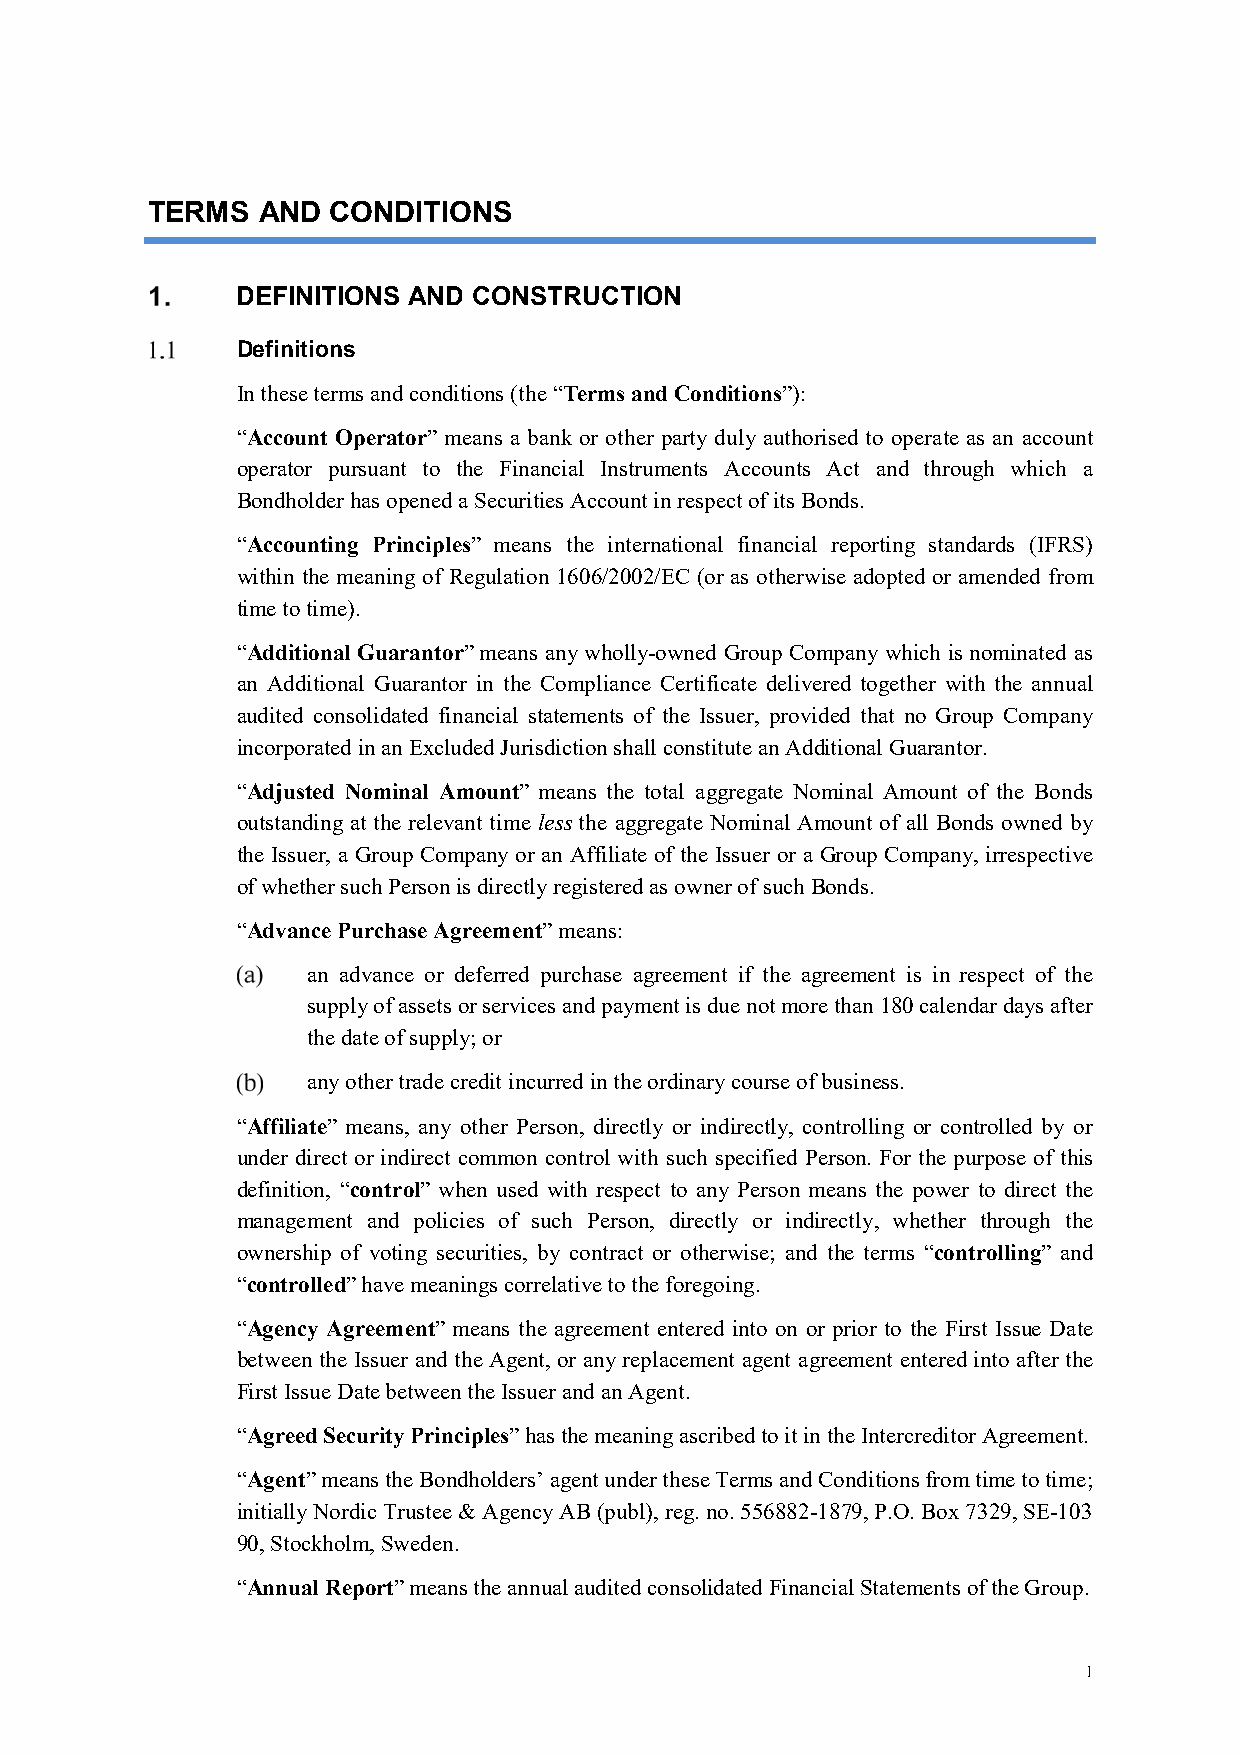
TERMS  AND  CONDITIONS
 DEFINITIONS AND CONSTRUCTION
 Definitions
 In these terms and conditions (the “Terms and Conditions”):
 “Account Operator” means a bank or other party duly authorised to operate as an account
 operator pursuant to the Financial Instruments Accounts Act and through which a
 Bondholder has opened a Securities Account in respect of its Bonds.
 “Accounting Principles” means the international financial reporting standards (IFRS)
 within the meaning of Regulation 1606/2002/EC (or as otherwise adopted or amended from
 time to time).
 “Additional Guarantor” means any wholly-owned Group Company which is nominated as
 an Additional Guarantor in the Compliance Certificate delivered together with the annual
 audited consolidated financial statements of the Issuer, provided that no Group Company
 incorporated in an Excluded Jurisdiction shall constitute an Additional Guarantor.
 “Adjusted Nominal Amount” means the total aggregate Nominal Amount of the Bonds
 outstanding at the relevant time less the aggregate Nominal Amount of all Bonds owned by
 the Issuer, a Group Company or an Affiliate of the Issuer or a Group Company, irrespective
 of whether such Person is directly registered as owner of such Bonds.
 “Advance Purchase Agreement” means:
 an advance or deferred purchase agreement if the agreement is in respect of the
 supply of assets or services and payment is due not more than 180 calendar days after
 the date of supply; or
 any other trade credit incurred in the ordinary course of business.
 “Affiliate” means, any other Person, directly or indirectly, controlling or controlled by or
 under direct or indirect common control with such specified Person. For the purpose of this
 definition, “control” when used with respect to any Person means the power to direct the
 management and policies of such Person, directly or indirectly, whether through the
 ownership of voting securities, by contract or otherwise; and the terms “controlling” and
 “controlled” have meanings correlative to the foregoing.
 “Agency Agreement” means the agreement entered into on or prior to the First Issue Date
 between the Issuer and the Agent, or any replacement agent agreement entered into after the
 First Issue Date between the Issuer and an Agent.
 “Agreed Security Principles” has the meaning ascribed to it in the Intercreditor Agreement.
 “Agent” means the Bondholders’ agent under these Terms and Conditions from time to time;
 initially Nordic Trustee & Agency AB (publ), reg. no. 556882-1879, P.O. Box 7329, SE-103
 90, Stockholm, Sweden.
 “Annual Report” means the annual audited consolidated Financial Statements of the Group.
 1